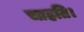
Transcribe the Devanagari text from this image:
चाहति।